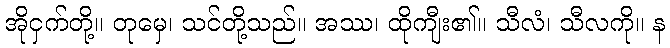
အိုငှက်တို့။ တုမှေ၊ သင်တို့သည်။ အဿ၊ ထိုကျီး၏။ သီလံ၊ သီလကို။ န